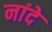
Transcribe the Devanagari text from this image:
नांदे